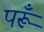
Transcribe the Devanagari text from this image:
परूँ